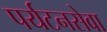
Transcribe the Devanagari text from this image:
पर्यटनसेवा